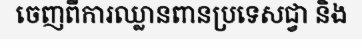
ចេញពីការឈ្លានពានប្រទេសជ្វា និង